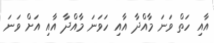
އާއި ހަތް ވަނަ މާއްދާ އާއި ހަވަނަ މާއްދާ އާއި އަށް ވަނަ